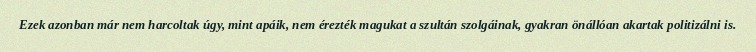
Ezek azonban már nem harcoltak úgy, mint apáik, nem érezték magukat a szultán szolgáinak, gyakran önállóan akartak politizálni is.